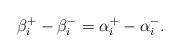
LaTeX: \begin{align*}\beta_i^+-\beta_i^-=\alpha_i^+-\alpha_i^-.\end{align*}